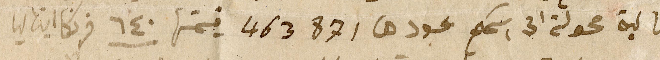
مالية محولة الى اسمكم عددها ٤٦٣٨٧١ قيمتها ٦٤٠ فرنكا ايتاليا